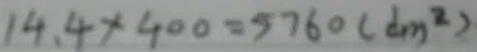
1 4 . 4 \times 4 0 0 = 5 7 6 0 ( d m ^ { 2 } )